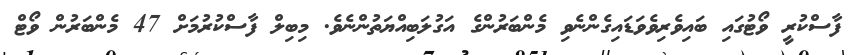
ފާސްކުރީ ވޯޓުގައި ބައިވެރިވެވަޑައިގެންނެވި މެންބަރުންގެ އަގުލަބިއްޔަތުންނެވެ. މިބިލް ފާސްކުރުމަށް 47 މެންބަރުން ވޯޓް